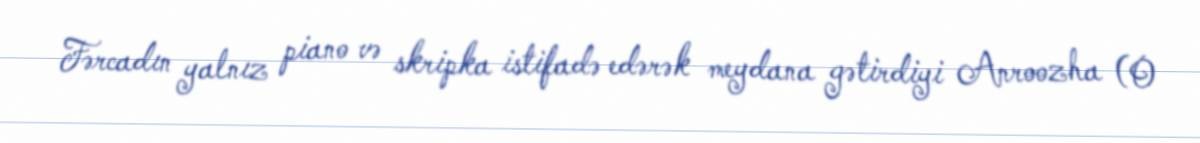
Fərcadın yalnız piano və skripka istifadə edərək meydana gətirdiyi Anroozha (O